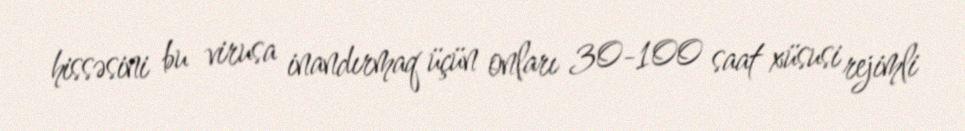
hissəsini bu virusa inandırmaq üçün onları 30-100 saat xüsusi rejimli